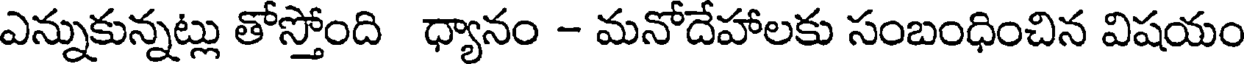
ఎన్నుకున్నట్లు తోస్తోంది ధ్యానం - మనోదేహాలకు సంబంధించిన విషయం